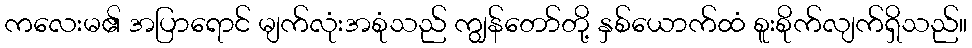
ကလေးမ၏ အပြာရောင် မျက်လုံးအစုံသည် ကျွန်တော်တို့ နှစ်ယောက်ထံ စူးစိုက်လျက်ရှိသည်။